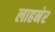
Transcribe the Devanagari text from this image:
लाहनेर